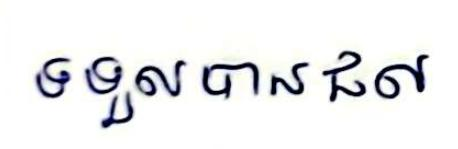
ទទួលបានផល